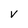
Character: v